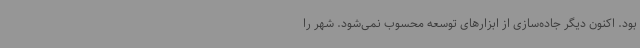
بود. اکنون دیگر جاده‌سازی از ابزارهای توسعه محسوب نمی‌شود. شهر را